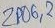
Text: ZP06,2